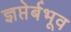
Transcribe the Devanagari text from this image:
ज्ञप्तेर्बभूव